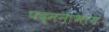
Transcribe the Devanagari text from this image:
पद्मनाभाय